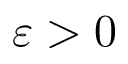
\varepsilon > 0